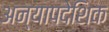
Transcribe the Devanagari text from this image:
अन्यापदेशिक